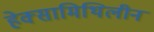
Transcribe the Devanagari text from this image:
हेक्सामिथिलीन